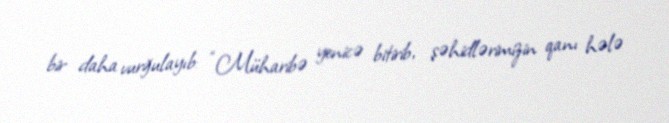
bir daha vurğulayıb: “Müharibə yenicə bitirib, şəhidlərimizin qanı hələ